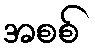
အစစ်